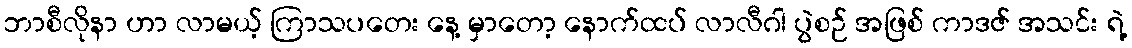
ဘာစီလိုနာ ဟာ လာမယ့် ကြာသပတေး နေ့ မှာတော့ နောက်ထပ် လာလီဂါ ပွဲစဉ် အဖြစ် ကာဒဇ် အသင်း ရဲ့